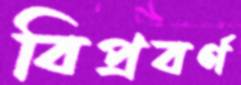
বিপ্রবর্ণ